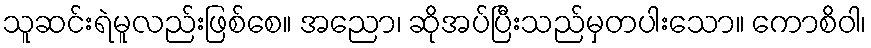
သူဆင်းရဲမူလည်းဖြစ်စေ။ အညော၊ ဆိုအပ်ပြီးသည်မှတပါးသော။ ကောစိဝါ၊